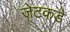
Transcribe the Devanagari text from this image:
जेटकडे